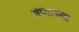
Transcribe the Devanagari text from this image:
अप्पाच्या